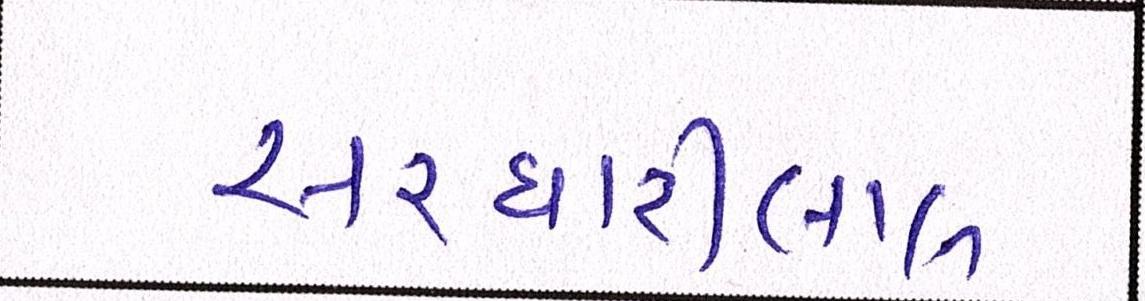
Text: સરધારીલાલ